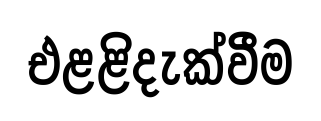
එළළිදැක්වීම